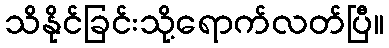
သိနိုင်ခြင်းသို့ရောက်လတ်ပြီ။